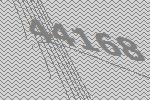
44168